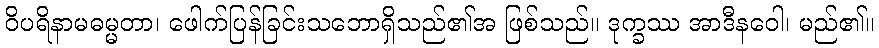
ဝိပရိနာမဓမ္မတာ၊ ဖေါက်ပြန်ခြင်းသဘောရှိသည်၏အ ဖြစ်သည်။ ဒုက္ခဿ အာဒီနဝေါ၊ မည်၏။